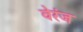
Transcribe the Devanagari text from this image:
वेरंज